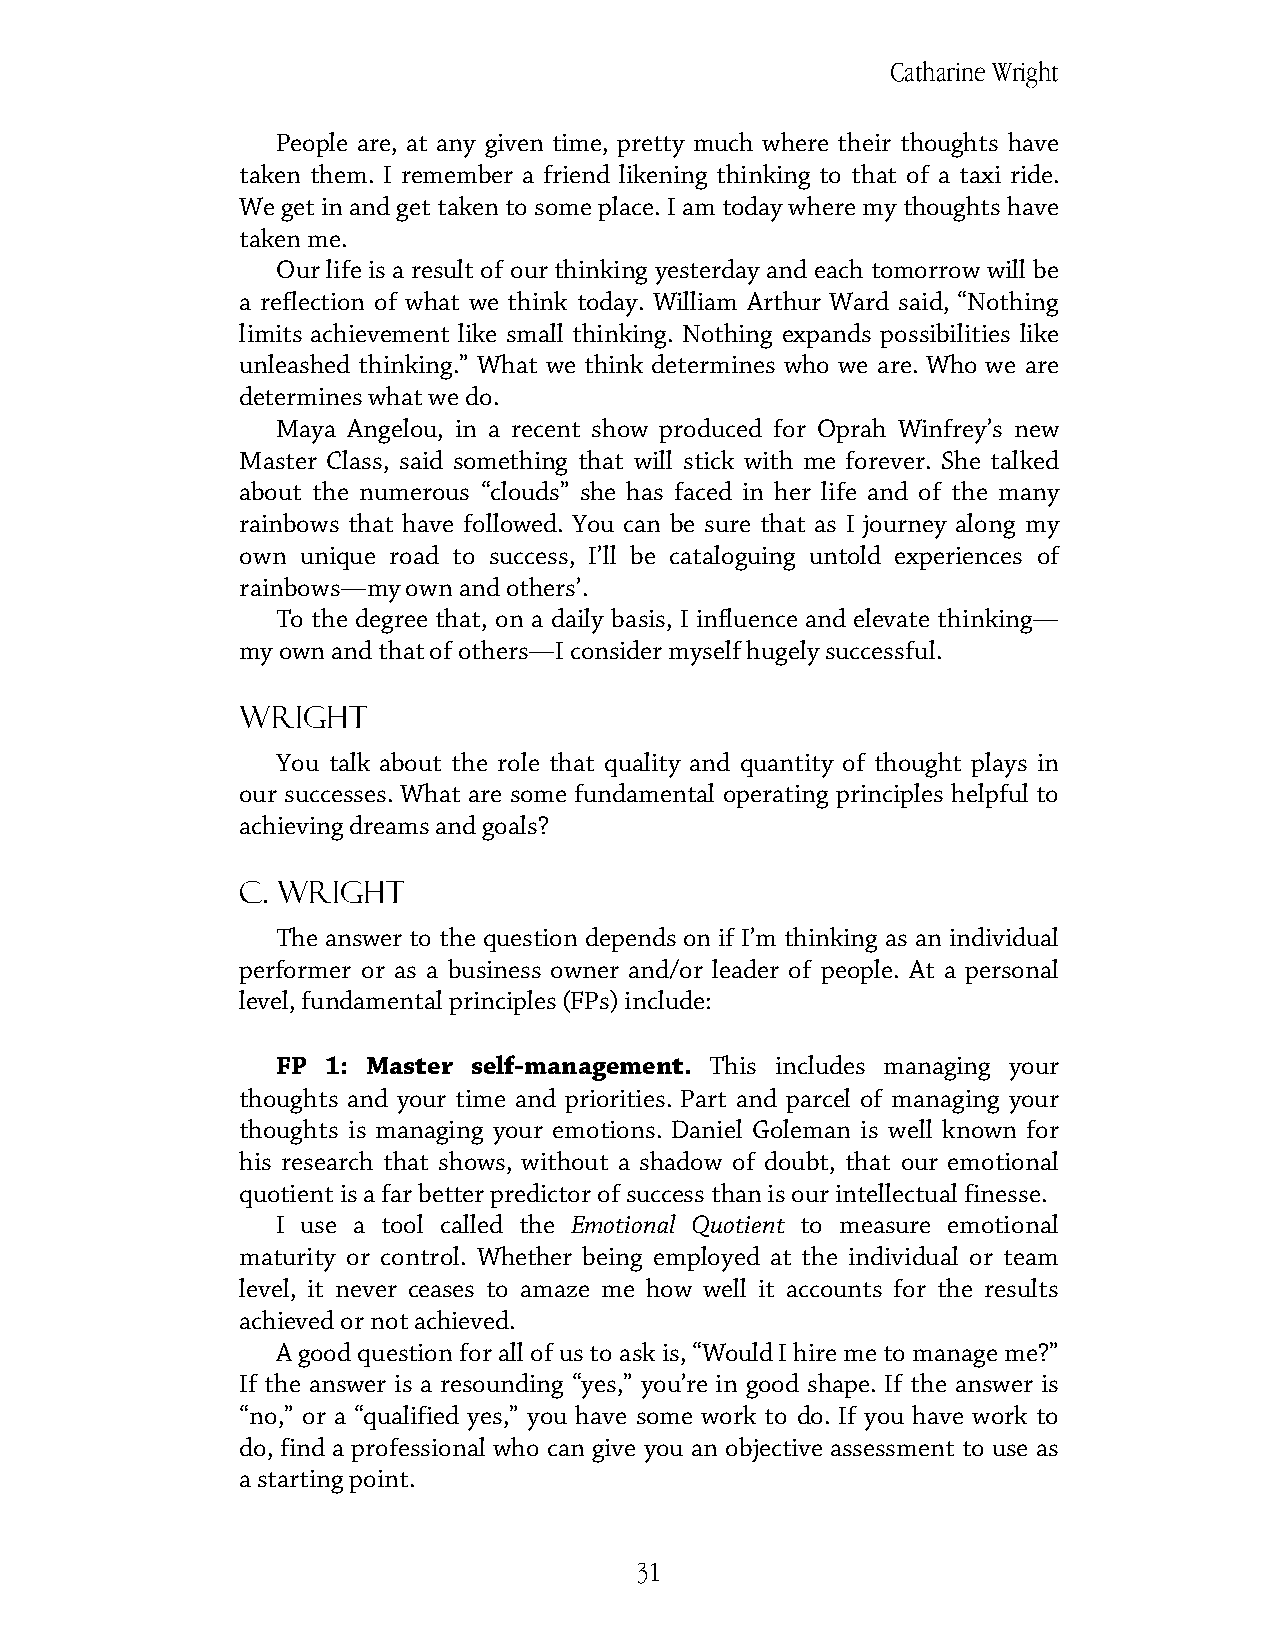
Catharine Wright
 People are, at any given time, pretty much where their thoughts have
 taken them. I remember a friend likening thinking to that of a taxi ride.
 We get in and get taken to some place. I am today where my thoughts have
 taken me.
 Our life is a result of our thinking yesterday and each tomorrow will be
 a reflection of what we think today. William Arthur Ward said, “Nothing
 limits achievement like small thinking. Nothing expands possibilities like
 unleashed thinking.” What we think determines who we are. Who we are
 determines what we do.
 Maya Angelou, in a recent show produced for Oprah Winfrey’s new
 Master Class, said something that will stick with me forever. She talked
 about the numerous “clouds” she has faced in her life and of the many
 rainbows that have followed. You can be sure that as I journey along my
 own unique road to success, I’ll be cataloguing untold experiences of
 rainbows—my own and others’.
 To the degree that, on a daily basis, I influence and elevate thinking—
 my own and that of others—I consider myself hugely successful.
 Wright
 You talk about the role that quality and quantity of thought plays in
 our successes. What are some fundamental operating principles helpful to
 achieving dreams and goals?
 C. Wright
 The answer to the question depends on if I’m thinking as an individual
 performer or as a business owner and/or leader of people. At a personal
 level, fundamental principles (FPs) include:
 FP  1: Master self-management. This includes managing your
 thoughts and your time and priorities. Part and parcel of managing your
 thoughts is managing your emotions. Daniel Goleman is well known for
 his research that shows, without a shadow of doubt, that our emotional
 quotient is a far better predictor of success than is our intellectual finesse.
 I use a tool called the Emotional Quotient to measure emotional
 maturity or control. Whether being employed at the individual or team
 level, it never ceases to amaze me how well it accounts for the results
 achieved or not achieved.
 A good question for all of us to ask is, “Would I hire me to manage me?”
 If the answer is a resounding “yes,” you’re in good shape. If the answer is
 “no,” or a “qualified yes,” you have some work to do. If you have work to
 do, find a professional who can give you an objective assessment to use as
 a starting point.
 31